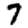
Digit: 7